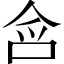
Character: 𭇥